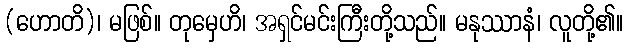
(ဟောတိ)၊ မဖြစ်။ တုမှေဟိ၊ အရှင်မင်းကြီးတို့သည်။ မနုဿာနံ၊ လူတို့၏။